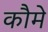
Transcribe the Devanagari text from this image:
कौमे